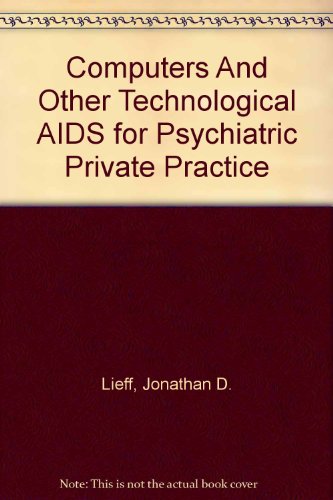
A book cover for Computers And Other Technological AIDS for Psychiatric Private Practice (The Private practice monograph series); Jonathan D. Lieff; Medical Books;